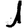
Digit: 1